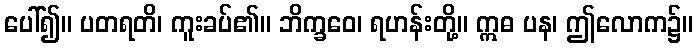
ပေါ်၍။ ပတရတိ၊ ကူးခပ်၏။ ဘိက္ခဝေ၊ ရဟန်းတို့။ ဣဓ ပန၊ ဤလောက၌။